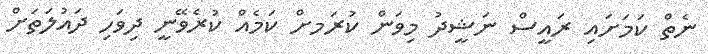
ނެތް ކަމަށައި ރައީސް ނަޝީދު މިިވަން ކުރަމށް ކަމެއް ކުރެވޭނީ ދިވަހި ދައުލަތަށް